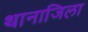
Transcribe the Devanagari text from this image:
थानाजिला